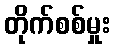
တိုက်စစ်မှုး